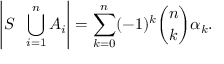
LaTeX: \left| S \setminus \bigcup _ { i = 1 } ^ { n } A _ { i } \right| = \sum _ { k = 0 } ^ { n } ( - 1 ) ^ { k } { \binom { n } { k } } \alpha _ { k } .